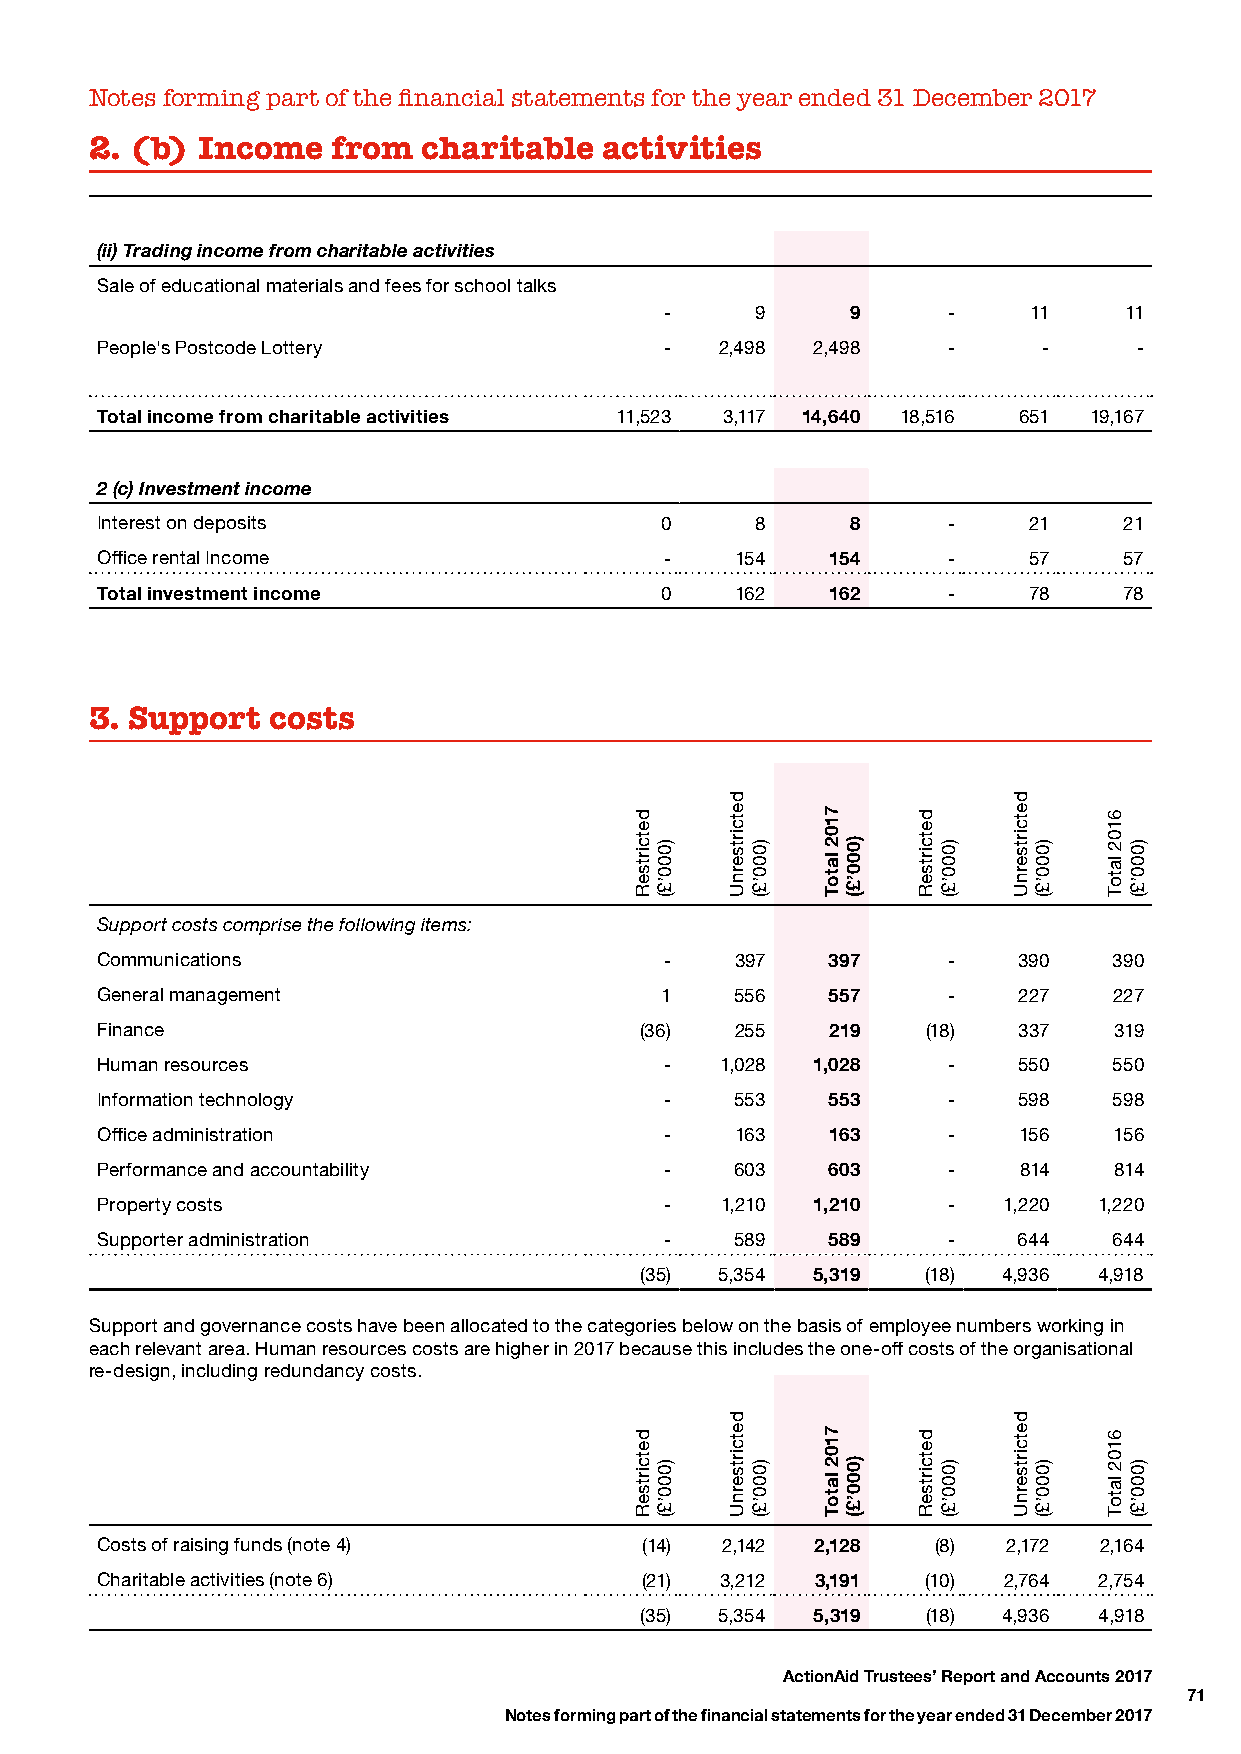
Notes forming part of the financial statements for the year ended 31 December 2017
 2. (b) Income   from  charitable  activities
 (ii) Trading income from charitable activities
 Sale of educational materials and fees for school talks
 -     9     9      -    11    11
 People's Postcode Lottery             -   2,498 2,498    -     -     -
 Total income from charitable activities 11,523 3,117 14,640 18,516 651 19,167
 2 (c) Investment income
 Interest on deposits                  0     8     8      -    21    21
 Office rental Income                  -    154   154     -    57    57
 Total investment income               0    162   162     -    78    78
 3. Support  costs
 Support costs comprise the following items:
 Communications                        -    397   397     -   390    390
 General management                    1    556   557     -   227    227
 Finance                             (36)   255   219   (18)  337    319
 Human resources                       -   1,028 1,028    -   550    550
 Information technology                -    553   553     -   598    598
 Office administration                 -    163   163     -   156    156
 Performance and accountability        -    603   603     -   814    814
 Property costs                        -   1,210 1,210    -  1,220  1,220
 Supporter administration              -    589   589     -   644    644
 (35)  5,354 5,319  (18) 4,936  4,918
 Support and governance costs have been allocated to the categories below on the basis of employee numbers working in
 each relevant area. Human resources costs are higher in 2017 because this includes the one-off costs of the organisational
 re-design, including redundancy costs.
 Costs of raising funds (note 4)      (14) 2,142 2,128   (8)  2,172 2,164
 Charitable activities (note 6)      (21)  3,212 3,191  (10) 2,764  2,754
 (35)  5,354 5,319  (18) 4,936  4,918
 ActionAid Trustees’ Report and Accounts 2017
 71
 Notes forming part of the financial statements for the year ended 31 December 2017
 detcirtseR
 detcirtseR
 )000’£(
 )000’£(
 detcirtsernU
 detcirtsernU
 )000’£(
 )000’£(
 7102
 latoT
 7102
 latoT
 )000’£(
 )000’£(
 detcirtseR
 detcirtseR
 )000’£(
 )000’£(
 detcirtsernU
 detcirtsernU
 )000’£(
 )000’£(
 6102
 latoT
 6102
 latoT
 )000’£(
 )000’£(